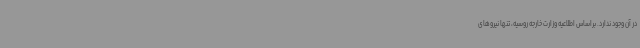
در آن وجود ندارد. براساس اطلاعیه وزارت خارجه روسیه، تنها نیروهای